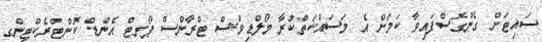
ސައިޓަށް ގެންގޮސްފައިވާ ކަމަށް އެ މަސައްކަތްކުރާ މޯލްޑިވްސް ޓްރާންސް ޕޯރޓް އެންޑް ކޮންޓްރެކްޓިންގ